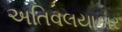
અતિવલયાકાર